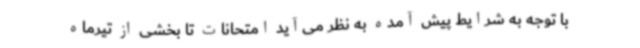
با توجه به شرایط پیش آمده به نظر می‌آید امتحانات تا بخشی از تیرماه